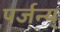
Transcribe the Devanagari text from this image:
पर्जन्य्